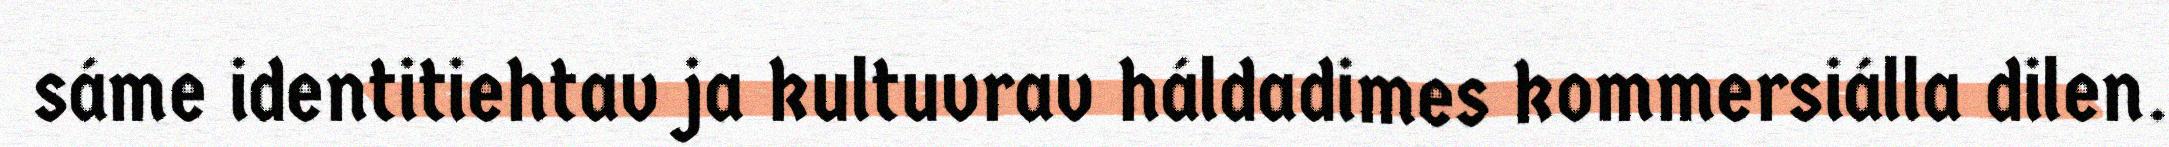
sáme identitiehtav ja kultuvrav háldadimes kommersiálla dilen.